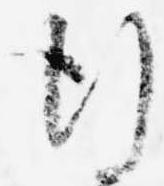
行